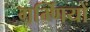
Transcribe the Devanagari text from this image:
गर्भ्णियों